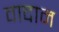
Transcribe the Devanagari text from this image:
वादाम